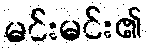
မင်းမင်း၏